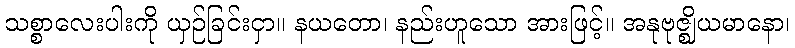
သစ္စာလေးပါးကို ယှဉ်ခြင်းငှာ။ နယတော၊ နည်းဟူသော အားဖြင့်။ အနုဗုဇ္ဈိယမာနော၊